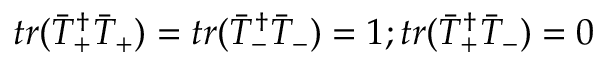
t r ( \bar { T } _ { + } ^ { \dagger } \bar { T } _ { + } ) = t r ( \bar { T } _ { - } ^ { \dagger } \bar { T } _ { - } ) = 1 ; t r ( \bar { T } _ { + } ^ { \dagger } \bar { T } _ { - } ) = 0